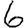
Digit: 6